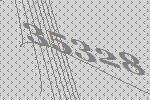
35328